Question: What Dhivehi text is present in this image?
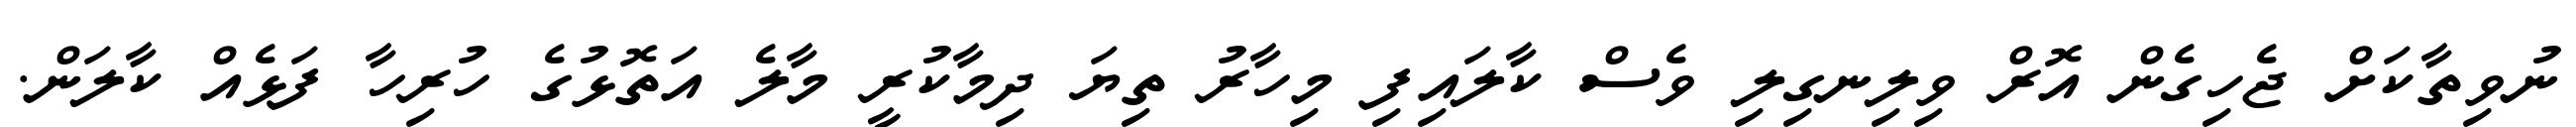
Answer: ނުވިތާކަށް ޖެހިގެން އޮރް ވިލިނގިލި ވެސް ކާލައިފި މިހާރު ތިޔަ ދިމާކުރީ މާލެ އަތޮޅުގެ ހުރިހާ ފަޅެއް ކާލަން.